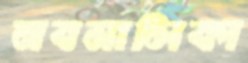
নবমালিকা